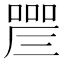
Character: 𠼛